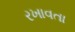
રખાવતા